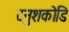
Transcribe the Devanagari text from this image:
दनुशकोडि